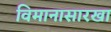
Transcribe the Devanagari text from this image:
विमानासारखा